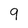
Character: 9